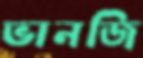
ভানজি